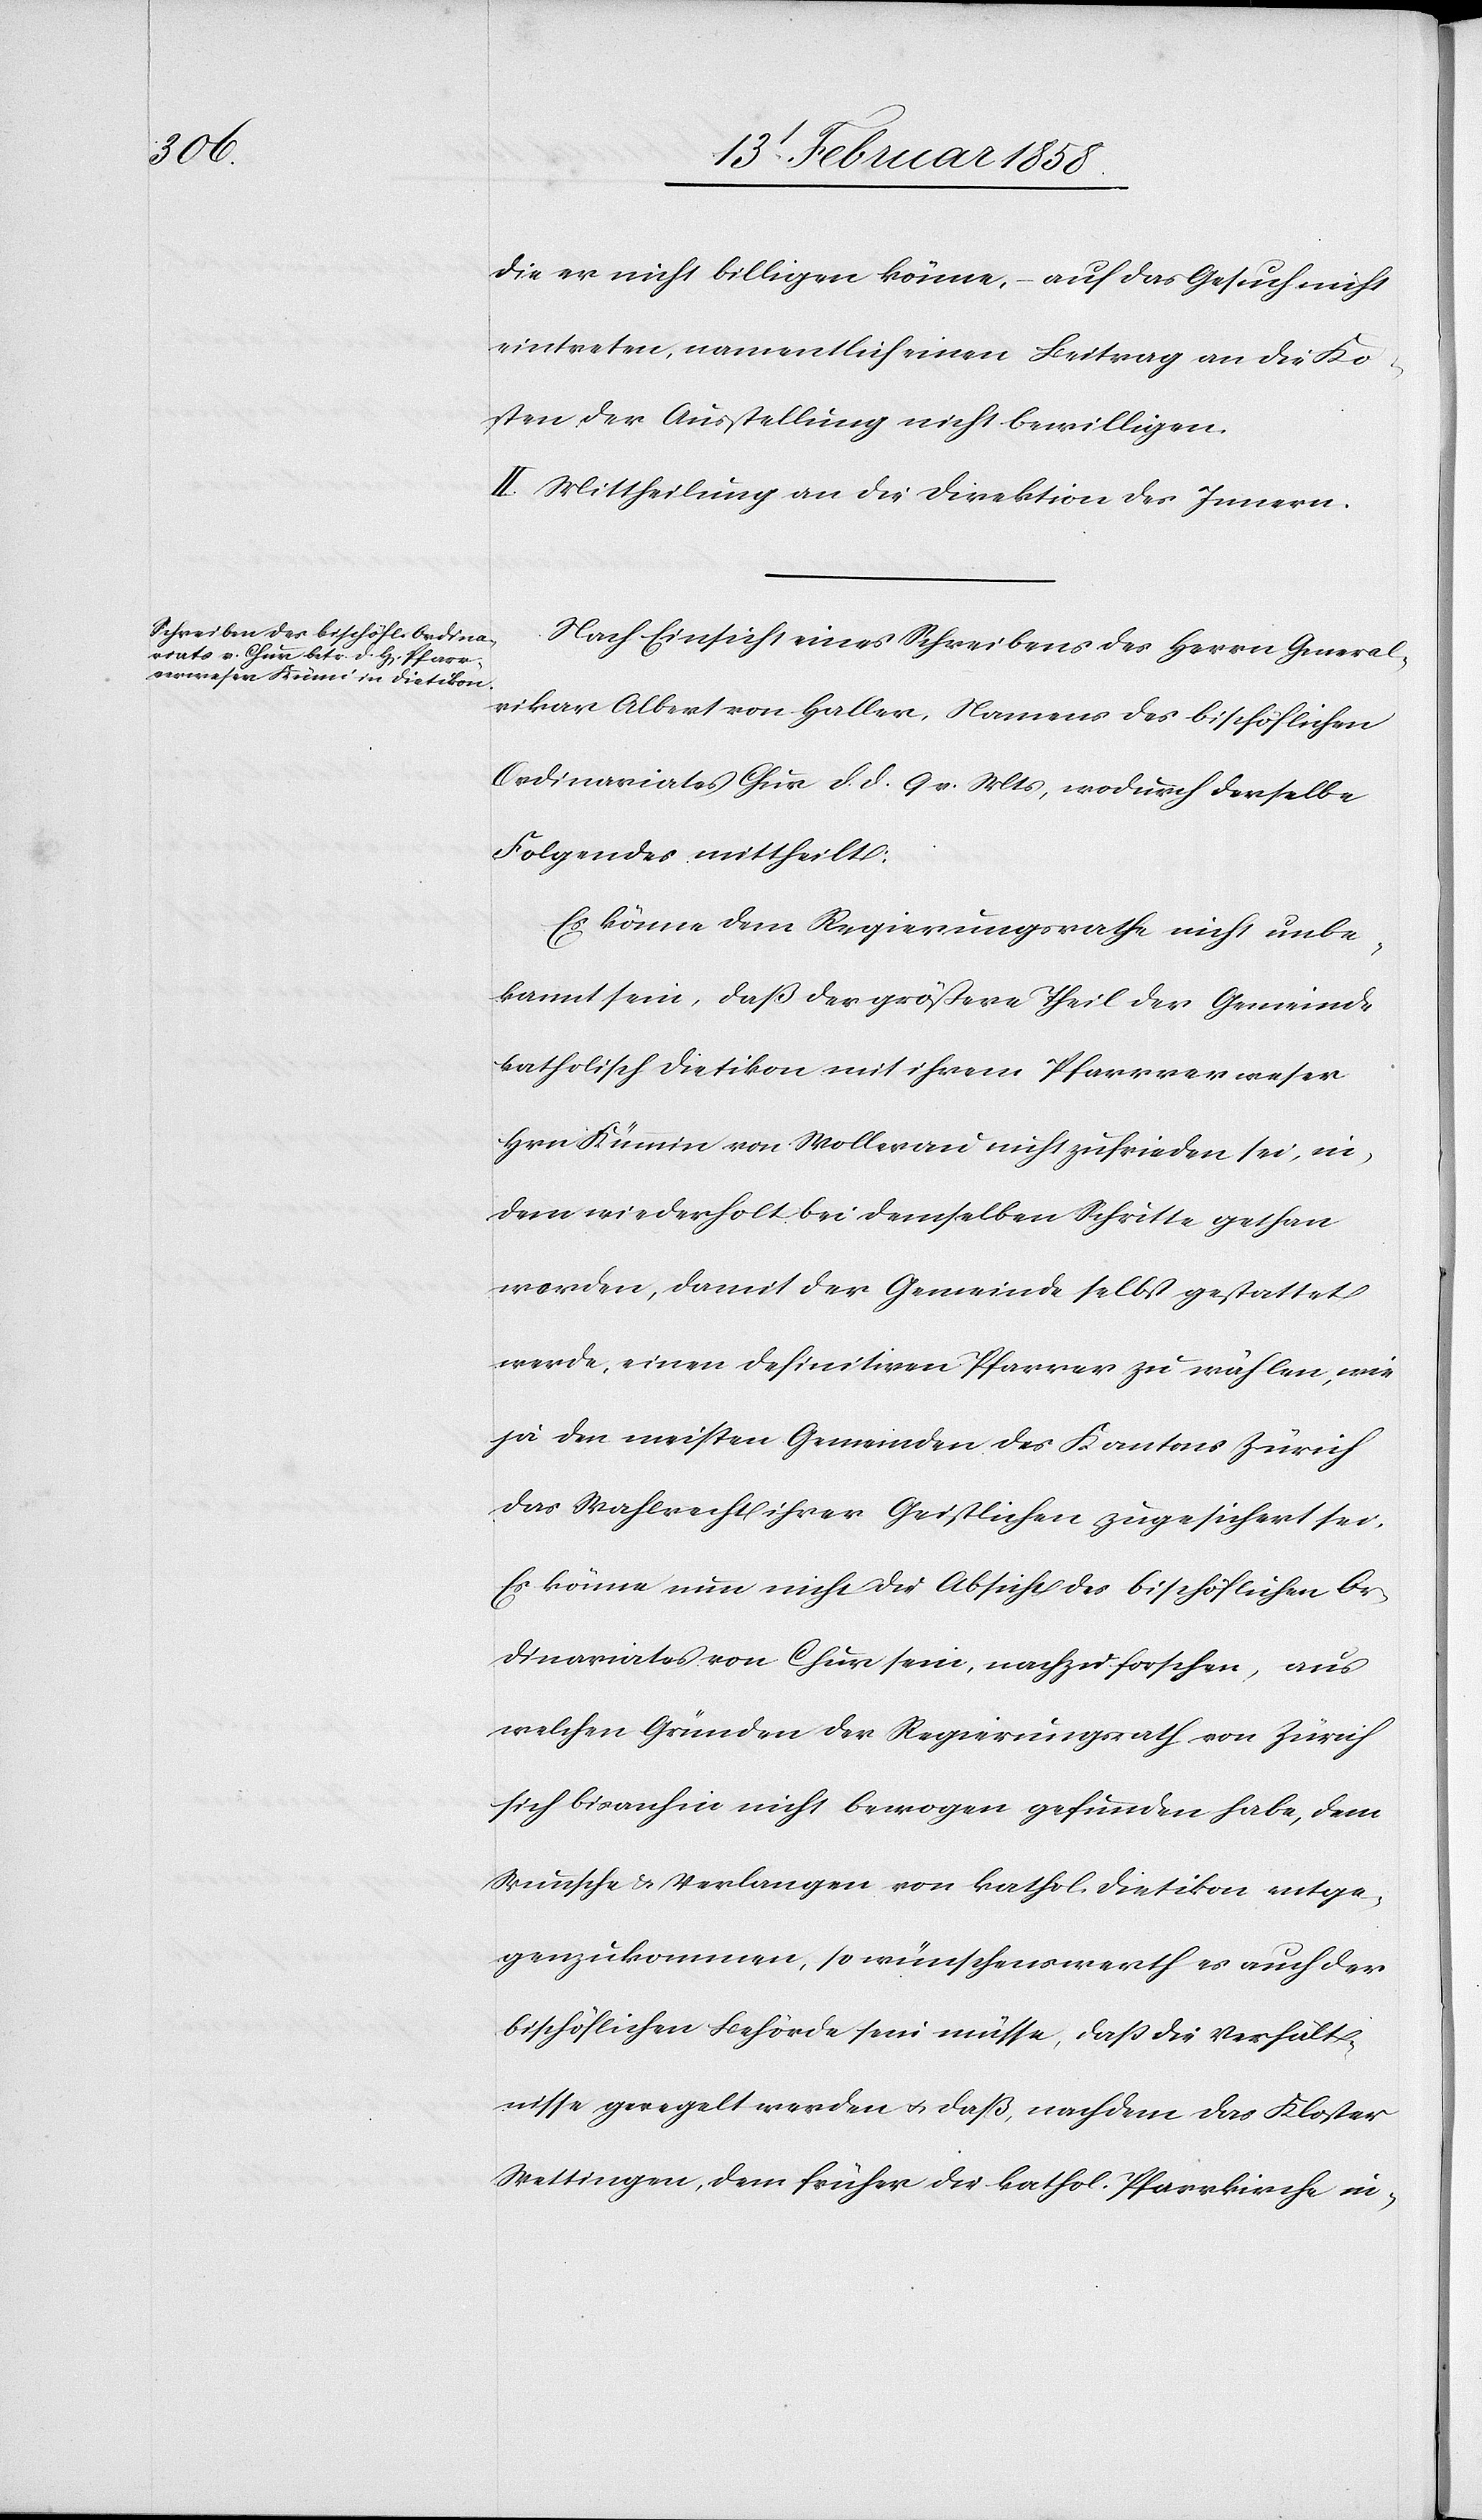
die er nicht billigen könne, – auf das Gesuch nicht
eintreten, namentlich einen Beitrag an die Ko¬
sten der Ausstellung nicht bewilligen.
II. Mittheilung an die Direktion des Innern.
Nach Einsicht eines Schreibens des Herrn General¬
vikar Albert von Haller, Namens des bischöflichen
Ordinariates Chur d. d. 9. v. Mts, wodurch derselbe
Folgendes mittheilt:
Es könne dem Regierungsrathe nicht unbe¬
kannt sein, daß der größere Theil der Gemeinde
katholisch Dietikon mit ihrem Pfarrverweser
Hrn. Kümmin [sic!] von Wollerau nicht zufrieden sei, in¬
dem wiederholt bei demselben Schritte gethan
worden, damit der Gemeinde selbst gestattet
werde, einen definitiven Pfarrer zu wählen, wie
ja den meisten Gemeinden des Kantons Zürich
das Wahlrecht ihrer Geistlichen zugesichert sei.
Es könne nun nicht die Absicht des bischöflichen Or¬
dinariates von Chur sein, nachzuforschen, aus
welchen Gründen der Regierungsrath von Zürich
sich bisanhin nicht bewogen gefunden habe, dem
Wunsche u. Verlangen von kathol. Dieitkon entge¬
genzukommen, so wünschenswerth es auch der
bischöflichen Behörde sein müsse, daß die Verhält¬
nisse geregelt werden u. daß, nachdem das Kloster
Wettingen, dem früher die kathol. Pfarrkirche in-